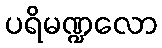
ပရိမဏ္ဍလော